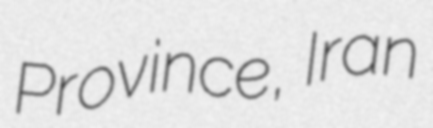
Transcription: Province, Iran